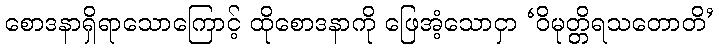
စောဒနာရှိရာသောကြောင့် ထိုစောဒနာကို ဖြေအံ့သောငှာ ‘ဝိမုတ္တိရသတောတိ’